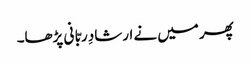
پھر میں نے ارشادِ ربّا نی پڑھا۔